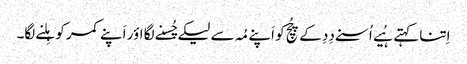
اِتنا کہتے ہُیے اُسنے دِدِ کے چُچِ کو اَپنے مُہ سے لیکے چُسنے لگا اؤر اَپنے کمر کو ہِلنے لگا۔